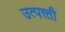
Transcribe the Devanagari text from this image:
उत्पत्त्ती